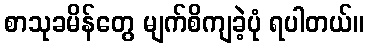
စာသုခမိန်တွေ မျက်စိကျခဲ့ပုံ ရပါတယ်။